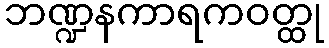
ဘဏ္ဍနကာရကဝတ္ထု